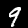
Label: 9